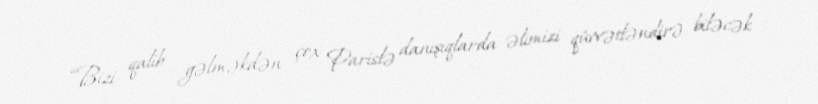
“Bizi qalib gəlməkdən çox Parislə danışıqlarda əlimizi qüvvətləndirə biləcək